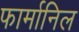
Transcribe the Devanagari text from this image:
फार्मानिल